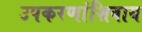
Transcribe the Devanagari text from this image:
उपकरणांशिवाय